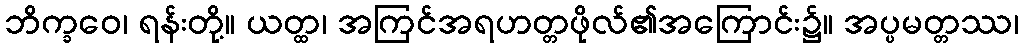
ဘိက္ခဝေ၊ ရန်းတို့။ ယတ္ထ၊ အကြင်အရဟတ္တဖိုလ်၏အကြောင်း၌။ အပ္ပမတ္တဿ၊